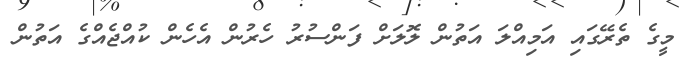
މީގެ ތެރޭގައި އަމިއްލަ އަތުން ލޮލަށް ފަންސުރު ހެރުން އެހެން ކުއްޖެއްގެ އަތުން